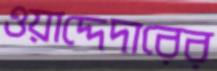
ওয়াদ্দেদারের